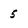
Character: 5